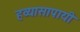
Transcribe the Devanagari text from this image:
हव्यासापायी